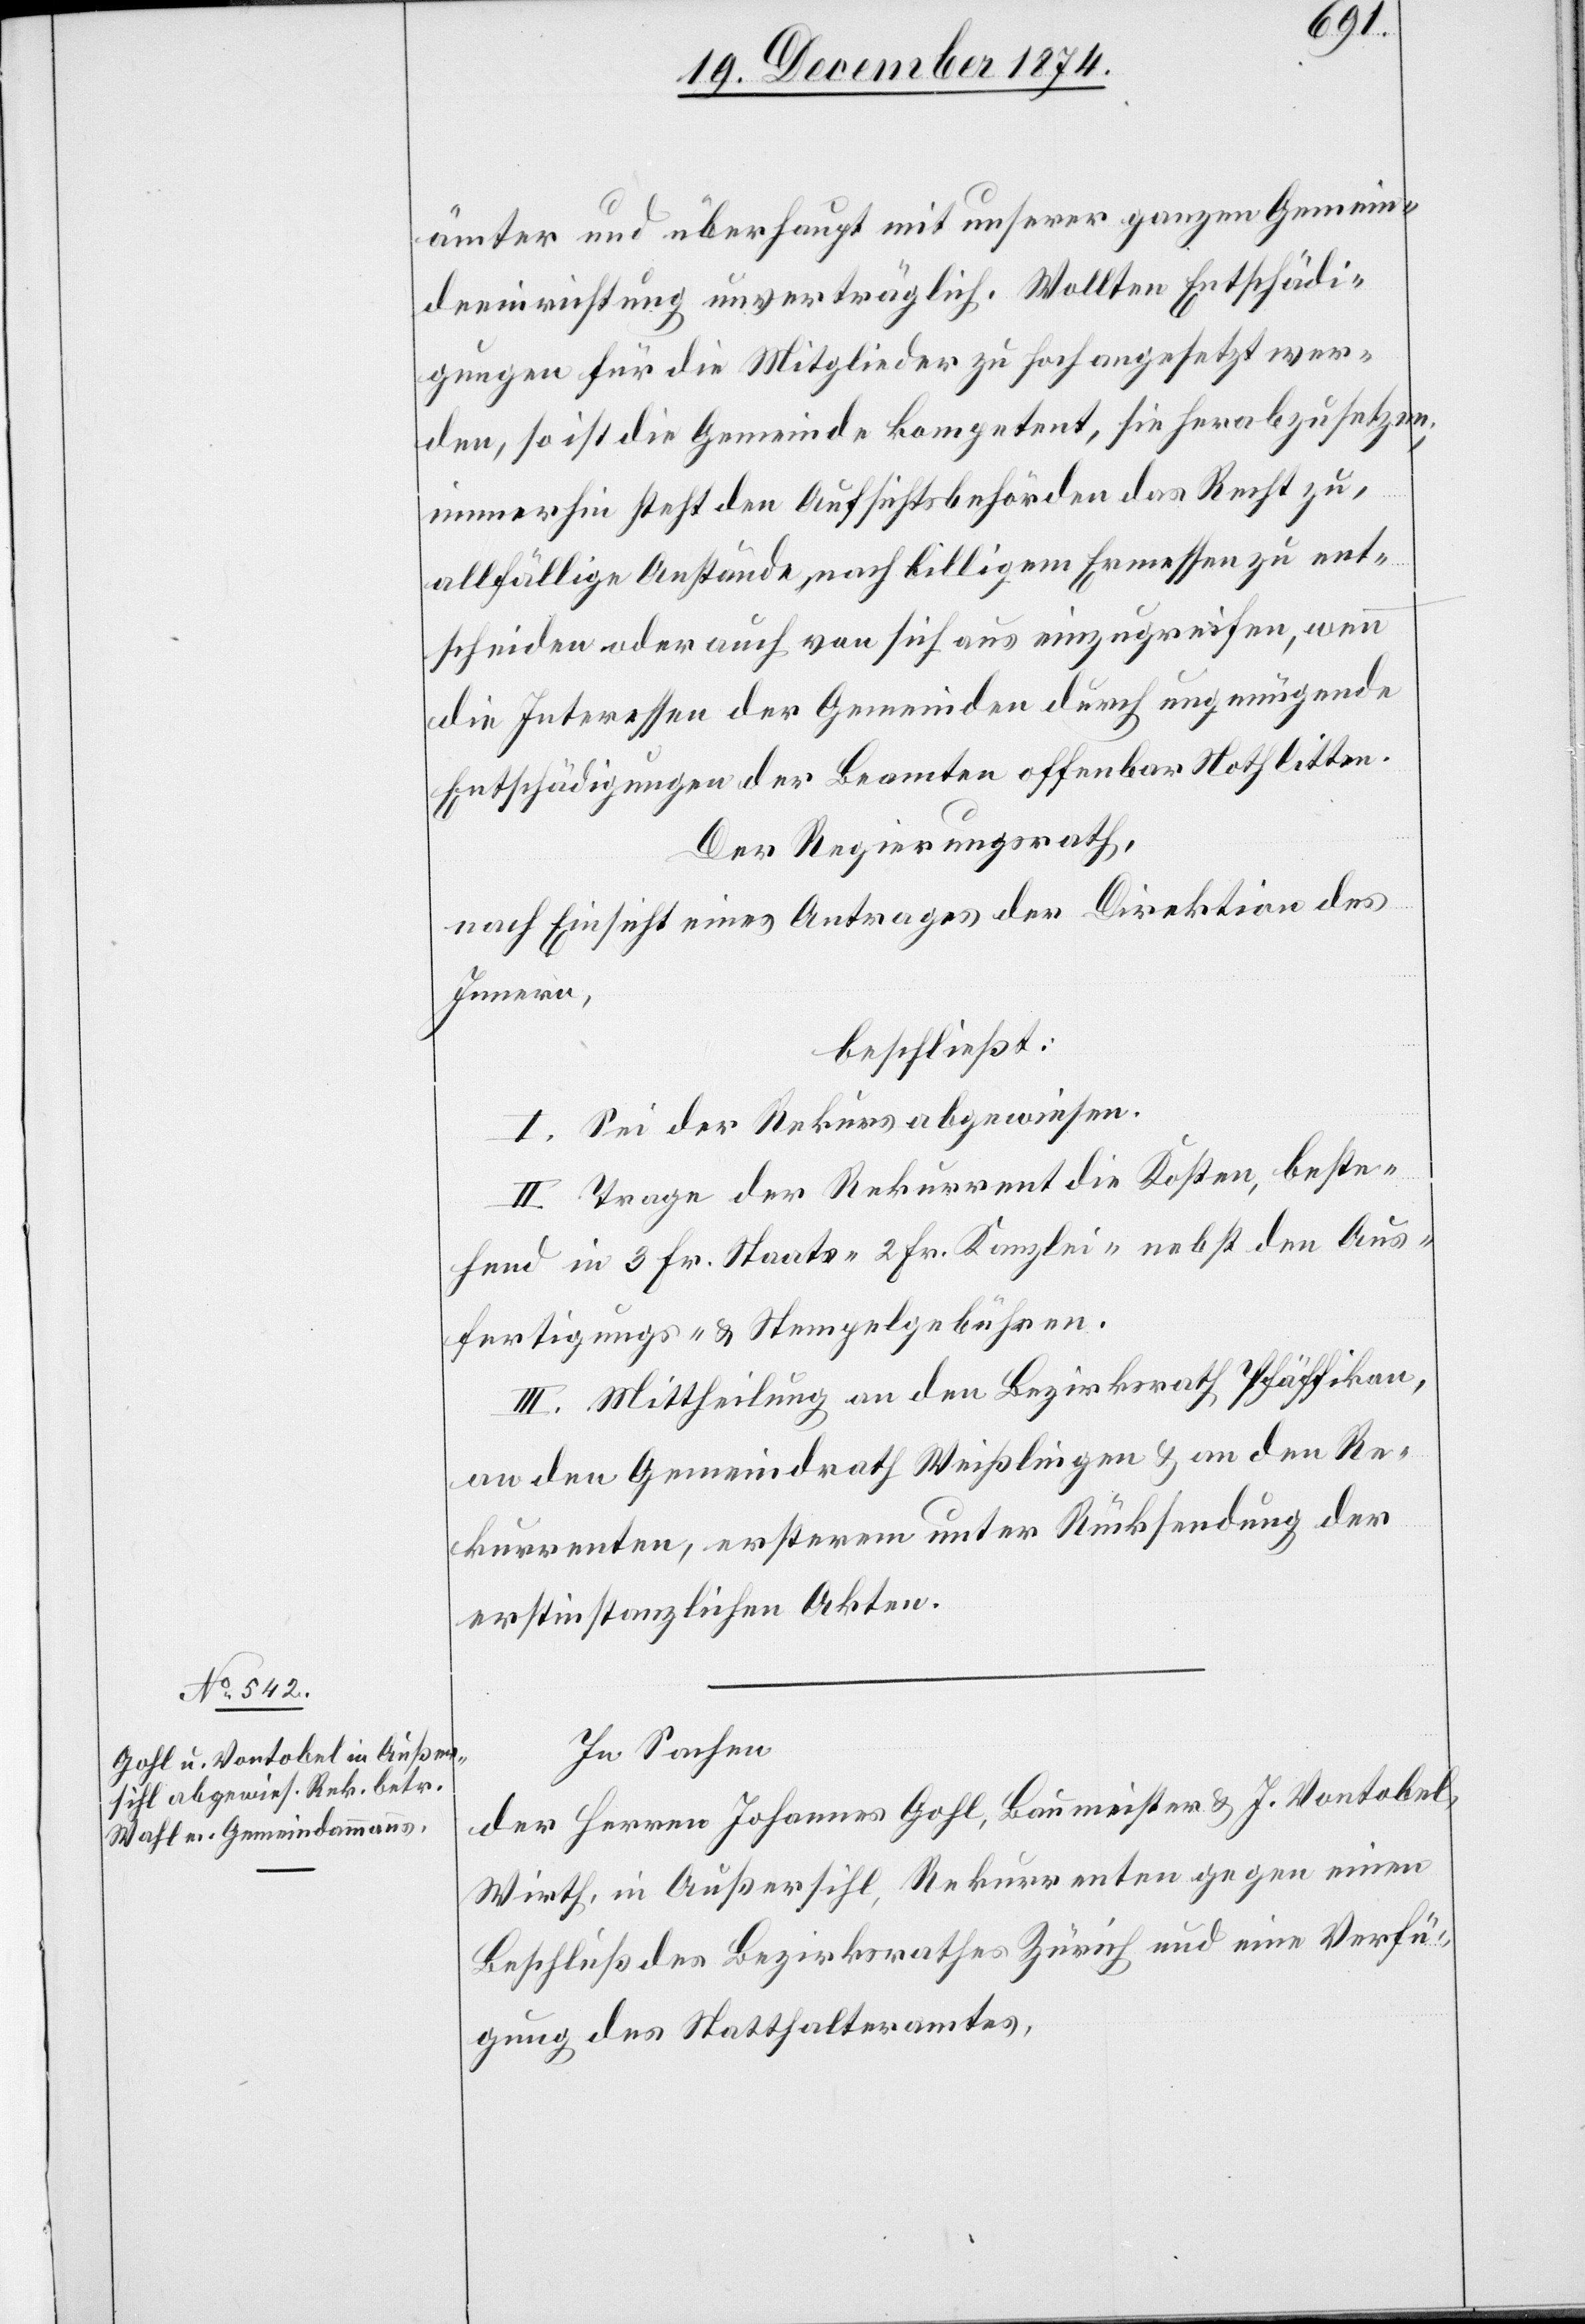
ämter und überhaupt mit unserer ganzen Gemein¬
deeinrichtung unverträglich. Wollten Entschädi¬
gungen für die Mitglieder zu hoch angesetzt wer¬
den, so ist die Gemeinde kompetent, sie herabzusetzen;
immerhin steht den Aufsichtsbehörden das Recht zu,
allfällige Anstände nach billigem Ermessen zu ent¬
scheiden oder auch von sich aus einzugreifen, wenn
die Interessen der Gemeinden durch ungenügende
Entschädigungen der Beamten offenbar Noth litten.
Der Regierungsrath,
nach Einsicht eines Antrages der Direktion des
Innern,
beschließt:
I. Sei der Rekurs abgewiesen.
II. Trage der Rekurrent die Kosten, beste¬
hend in 3 Fr. Staats-[,] 2 Fr. Kanzlei- nebst den Aus¬
fertigungs- & Stempelgebühren.
III. Mittheilung an den Bezirksrath Pfäffikon,
an den Gemeindrath Weißlingen & an den Re¬
kurrenten, ersterem unter Rücksendung de
erstinstanzlichen Akten.
In Sachen
der Herren Johannes Gohl, Baumeister & J. Vontobel,
Wirth, in Außersihl, Rekurrenten gegen einen
Beschluß des Bezirksrathes Zürich und eine Verfü¬
gung des Statthalteramtes,